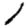
Digit: 1